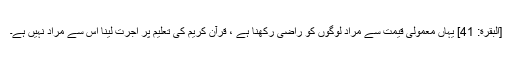
[البقرة: 41] یہاں معمولی قیمت سے مراد لوگوں کو راضی رکھنا ہے ، قرآن کریم کی تعلیم پر اجرت لینا اس سے مراد نہیں ہے۔